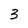
Character: 3